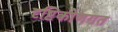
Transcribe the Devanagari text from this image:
दृष्टिकोणगत